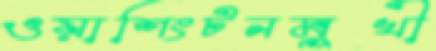
ওয়াশিংটনমুখী